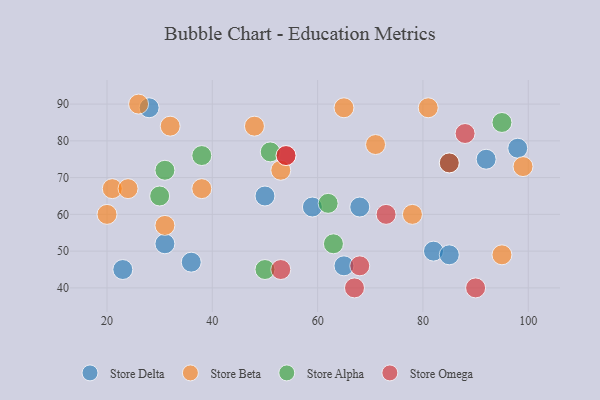
{"axis": {"x": "GDP", "y": "Life Expectancy"}, "legend": ["Store Alpha", "Store Beta", "Store Delta", "Store Omega"], "data": [{"x": "31", "y": 52, "type": "Store Delta"}, {"x": "92", "y": 75, "type": "Store Delta"}, {"x": "68", "y": 62, "type": "Store Delta"}, {"x": "23", "y": 45, "type": "Store Delta"}, {"x": "59", "y": 62, "type": "Store Delta"}, {"x": "65", "y": 46, "type": "Store Delta"}, {"x": "98", "y": 78, "type": "Store Delta"}, {"x": "82", "y": 50, "type": "Store Delta"}, {"x": "85", "y": 49, "type": "Store Delta"}, {"x": "28", "y": 89, "type": "Store Delta"}, {"x": "50", "y": 65, "type": "Store Delta"}, {"x": "36", "y": 47, "type": "Store Delta"}, {"x": "65", "y": 89, "type": "Store Beta"}, {"x": "38", "y": 67, "type": "Store Beta"}, {"x": "21", "y": 67, "type": "Store Beta"}, {"x": "81", "y": 89, "type": "Store Beta"}, {"x": "32", "y": 84, "type": "Store Beta"}, {"x": "24", "y": 67, "type": "Store Beta"}, {"x": "48", "y": 84, "type": "Store Beta"}, {"x": "95", "y": 49, "type": "Store Beta"}, {"x": "78", "y": 60, "type": "Store Beta"}, {"x": "26", "y": 90, "type": "Store Beta"}, {"x": "71", "y": 79, "type": "Store Beta"}, {"x": "20", "y": 60, "type": "Store Beta"}, {"x": "31", "y": 57, "type": "Store Beta"}, {"x": "99", "y": 73, "type": "Store Beta"}, {"x": "53", "y": 72, "type": "Store Beta"}, {"x": "38", "y": 76, "type": "Store Alpha"}, {"x": "30", "y": 65, "type": "Store Alpha"}, {"x": "31", "y": 72, "type": "Store Alpha"}, {"x": "85", "y": 74, "type": "Store Alpha"}, {"x": "95", "y": 85, "type": "Store Alpha"}, {"x": "63", "y": 52, "type": "Store Alpha"}, {"x": "62", "y": 63, "type": "Store Alpha"}, {"x": "51", "y": 77, "type": "Store Alpha"}, {"x": "50", "y": 45, "type": "Store Alpha"}, {"x": "88", "y": 82, "type": "Store Omega"}, {"x": "53", "y": 45, "type": "Store Omega"}, {"x": "85", "y": 74, "type": "Store Omega"}, {"x": "90", "y": 40, "type": "Store Omega"}, {"x": "54", "y": 76, "type": "Store Omega"}, {"x": "68", "y": 46, "type": "Store Omega"}, {"x": "73", "y": 60, "type": "Store Omega"}, {"x": "54", "y": 76, "type": "Store Omega"}, {"x": "67", "y": 40, "type": "Store Omega"}]}